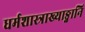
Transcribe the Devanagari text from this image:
धर्मशास्त्राख्याङ्गानि